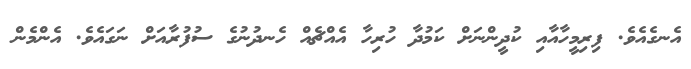
އެނގެއެވެ. ފިރިމީހާއާއި ކުދީންނަށް ކަމުދާ ހުރިހާ އެއްޗެއް ހެނދުނުގެ ސުފުރާއަށް ނަގައެވެ. އެންމެން